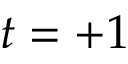
t = + 1